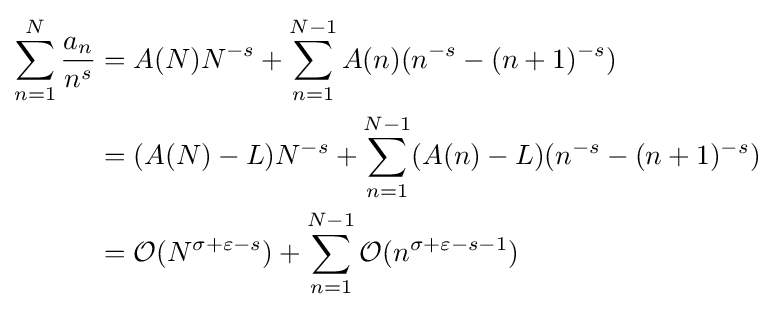
{\begin{aligned}\sum _{n=1}^{N}{\frac {a_{n}}{n^{s}}}&=A(N)N^{-s}+\sum _{n=1}^{N-1}A(n)(n^{-s}-(n+1)^{-s})\\&=(A(N)-L)N^{-s}+\sum _{n=1}^{N-1}(A(n)-L)(n^{-s}-(n+1)^{-s})\\&={\mathcal {O}}(N^{\sigma +\varepsilon -s})+\sum _{n=1}^{N-1}{\mathcal {O}}(n^{\sigma +\varepsilon -s-1})\end{aligned}}